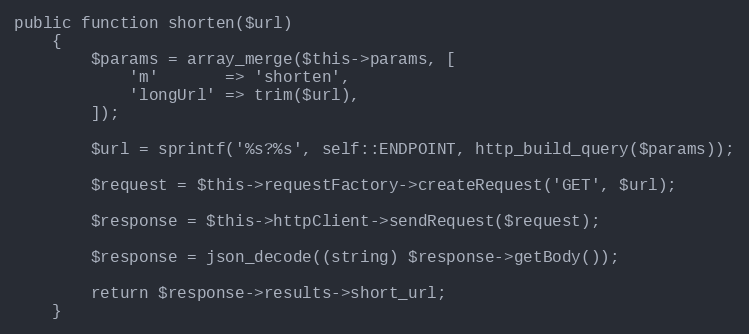
Language: PHP
public function shorten($url)
    {
        $params = array_merge($this->params, [
            'm'       => 'shorten',
            'longUrl' => trim($url),
        ]);

        $url = sprintf('%s?%s', self::ENDPOINT, http_build_query($params));

        $request = $this->requestFactory->createRequest('GET', $url);

        $response = $this->httpClient->sendRequest($request);

        $response = json_decode((string) $response->getBody());

        return $response->results->short_url;
    }